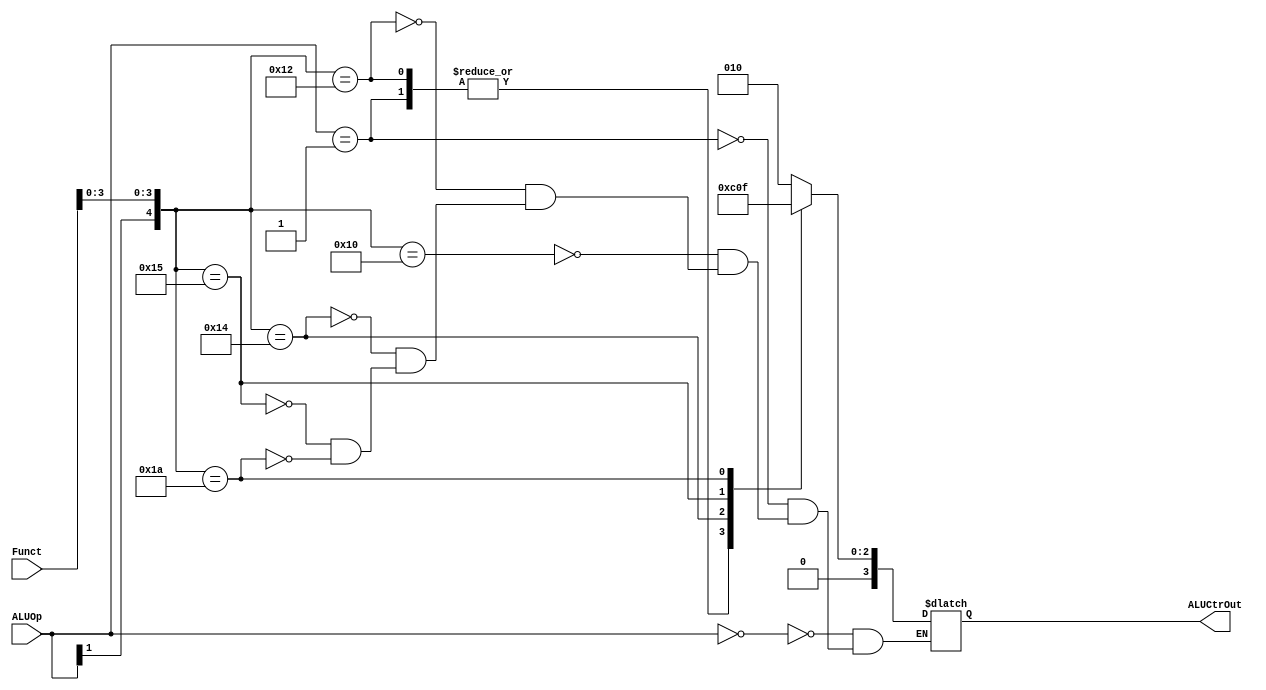
`timescale 1ns / 1ps
//////////////////////////////////////////////////////////////////////////////////
// Company: 
// Engineer: 
// 
// Design Name: 
// Module Name: ALUCtr
// Project Name: 
// Target Devices: 
// Tool Versions: 
// Description: 
// 
// Dependencies: 
// 
// Revision:
// Revision 0.01 - File Created
// Additional Comments:
// 
//////////////////////////////////////////////////////////////////////////////////


module ALUCtr(
    output [3:0] ALUCtrOut,
    input [1:0] ALUOp,
    input [5:0] Funct
    );
    
    reg [3:0] aluCtrOut;
        
    always @ (ALUOp or Funct)
    begin
        casex   ({ALUOp, Funct})
            8'b00xxxxxx : aluCtrOut = 4'b0010;
            8'b01xxxxxx : aluCtrOut = 4'b0110;
            8'b1xxx0000 : aluCtrOut = 4'b0010;
            8'b1xxx0010 : aluCtrOut = 4'b0110;
            8'b1xxx0100 : aluCtrOut = 4'b0000;
            8'b1xxx0101 : aluCtrOut = 4'b0001;
            8'b1xxx1010 : aluCtrOut = 4'b0111;
        endcase
    end
    
    assign ALUCtrOut = aluCtrOut;
endmodule